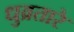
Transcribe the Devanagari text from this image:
धुव्रतारे